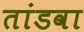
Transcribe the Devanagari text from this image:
तांडवा